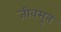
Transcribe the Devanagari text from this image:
जीवमूत